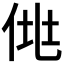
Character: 𰂆